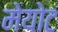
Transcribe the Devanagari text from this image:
मेयोट